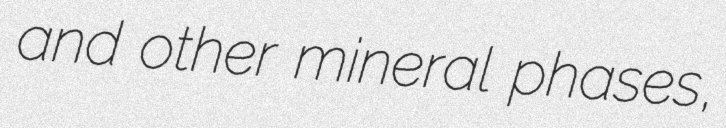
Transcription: and other mineral phases,